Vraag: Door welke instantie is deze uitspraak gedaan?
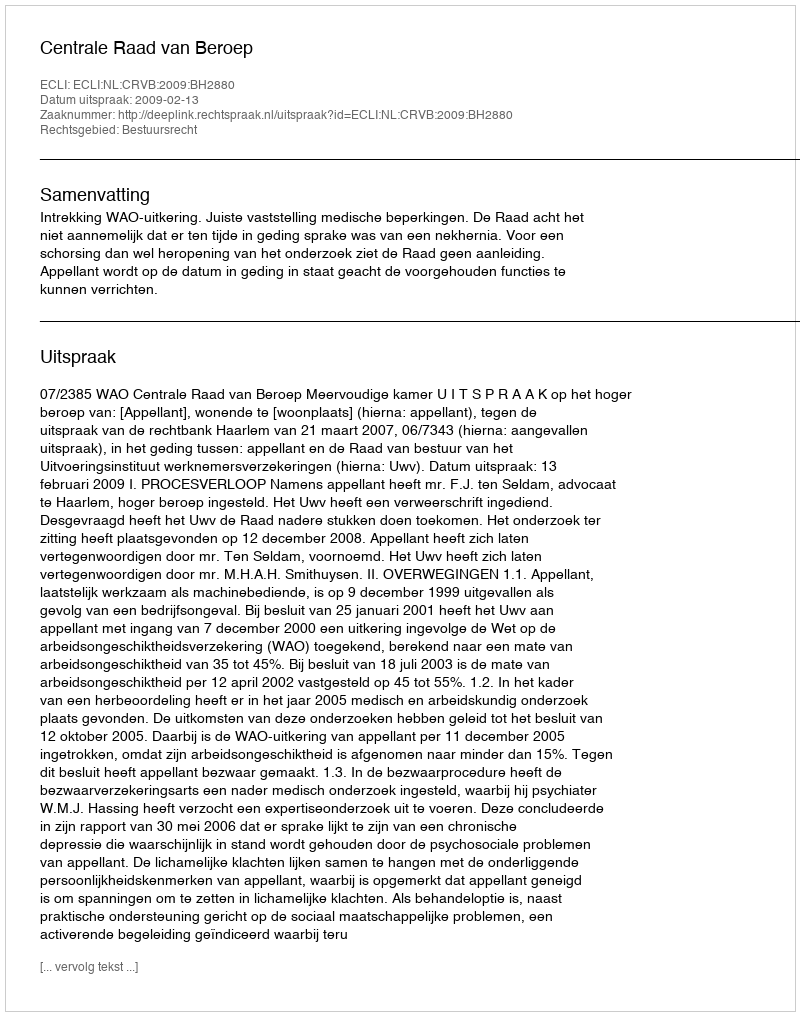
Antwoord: Centrale Raad van Beroep